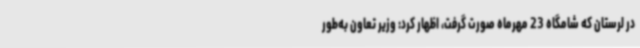
در لرستان که شامگاه 23 مهرماه صورت گرفت، اظهار کرد: وزیر تعاون به‌طور